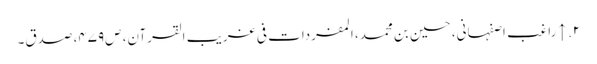
۲. ↑ راغب اصفہانی، حسین بن محمد، المفردات فی غریب القرآن، ص‌۴۷۹، صدق۔